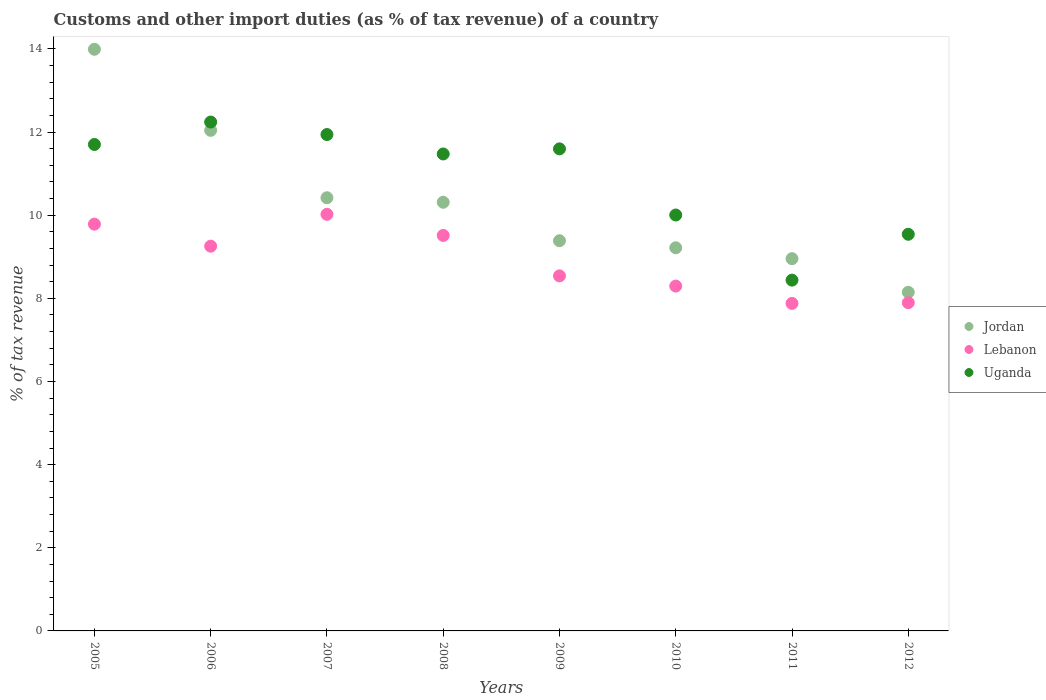
| Years | Jordan | Lebanon | Uganda |
 | --- | --- | --- | --- |
 | 2005 | 14 | 9.78 | 11.7 |
 | 2006 | 12 | 9.25 | 12.2 |
 | 2007 | 10.4 | 10 | 11.9 |
 | 2008 | 10.3 | 9.51 | 11.5 |
 | 2009 | 9.39 | 8.54 | 11.6 |
 | 2010 | 9.22 | 8.3 | 10 |
 | 2011 | 8.95 | 7.88 | 8.44 |
 | 2012 | 8.15 | 7.9 | 9.54 |